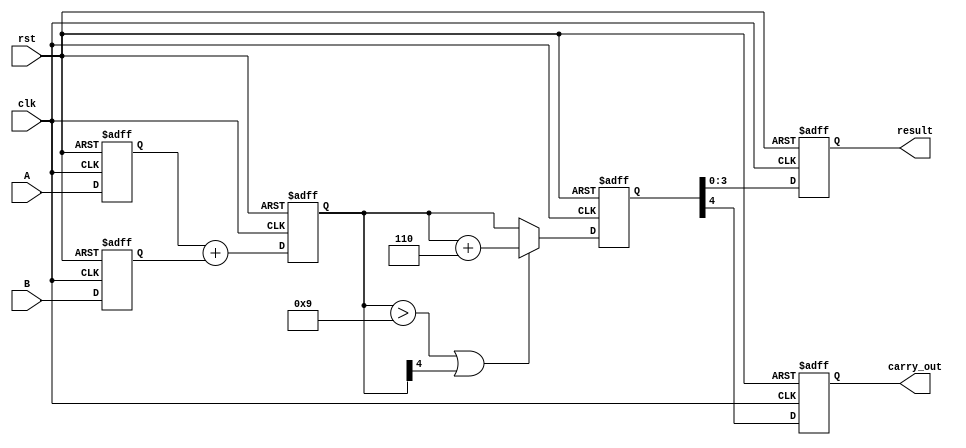
module bcd_pipelined_adder (
    input wire clk,
    input wire rst,
    input wire [3:0] A,
    input wire [3:0] B,
    output reg [3:0] result,
    output reg carry_out
);

    // Intermediate signals
    reg [4:0] sum_stage1;         // Sum output from addition stage
    reg [4:0] sum_stage2;         // Sum output after correction
    reg [3:0] A_reg, B_reg;       // Registers for inputs
    reg correction_needed;         // Flag for correction

    // Input Stage: Latch inputs
    always @(posedge clk or posedge rst) begin
        if (rst) begin
            A_reg <= 4'b0000;
            B_reg <= 4'b0000;
        end else begin
            A_reg <= A;
            B_reg <= B;
        end
    end

    // Addition Stage: Compute the sum
    always @(posedge clk or posedge rst) begin
        if (rst) begin
            sum_stage1 <= 5'b00000;
        end else begin
            sum_stage1 <= A_reg + B_reg; // 4-bit addition, 5-bit result
        end
    end

    // Correction Stage: Check for BCD correction
    always @(posedge clk or posedge rst) begin
        if (rst) begin
            sum_stage2 <= 5'b00000;
            correction_needed <= 1'b0;
        end else begin
            if (sum_stage1 > 5'b01001 || sum_stage1[4]) begin // Check if sum > 9 or carry generated
                sum_stage2 <= sum_stage1 + 5'b00110; // Add 6 for correction
                correction_needed <= 1'b1;
            end else begin
                sum_stage2 <= sum_stage1;
                correction_needed <= 1'b0;
            end
        end
    end

    // Output Stage: Prepare final BCD result and carry out
    always @(posedge clk or posedge rst) begin
        if (rst) begin
            result <= 4'b0000;
            carry_out <= 1'b0;
        end else begin
            result <= sum_stage2[3:0]; // Output the lower 4 bits
            carry_out <= sum_stage2[4]; // Output the carry
        end
    end

endmodule